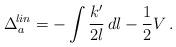
LaTeX: \begin{align*}\Delta_a^{\!lin}=-\int\frac{k'}{2l}\, dl -\frac{1}{2}V\, .\end{align*}